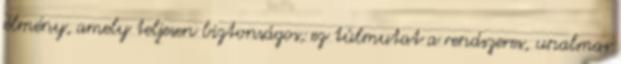
élmény, amely teljesen biztonságos; ez túlmutat a rendszeres, unalmas